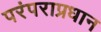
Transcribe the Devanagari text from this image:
परंपराप्रधान